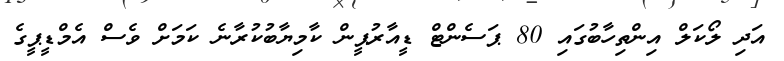
އަދި ލޯކަލް އިންތިހާބުގައި 80 ޕަސެންޓް ޑީއާރުޕީން ކާމިޔާބުކުރާނެ ކަމަށް ވެސް އެމްޑީޕީގެ